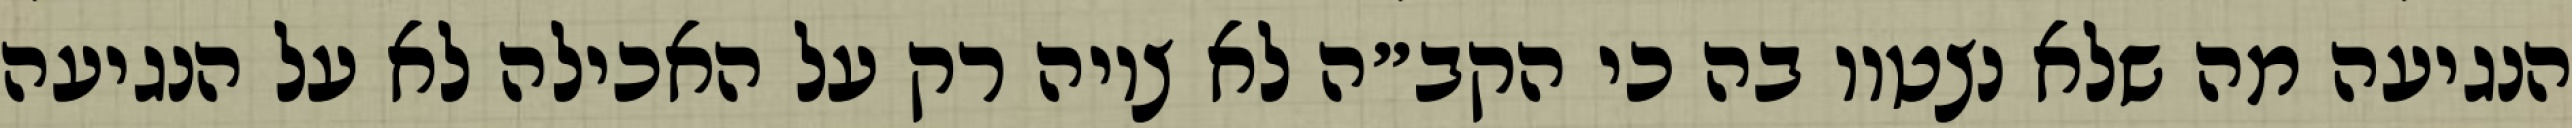
הנגיעה מה שלא נצטוו בה כי הקב״ה לא ציוה רק על האכילה לא על הנגיעה